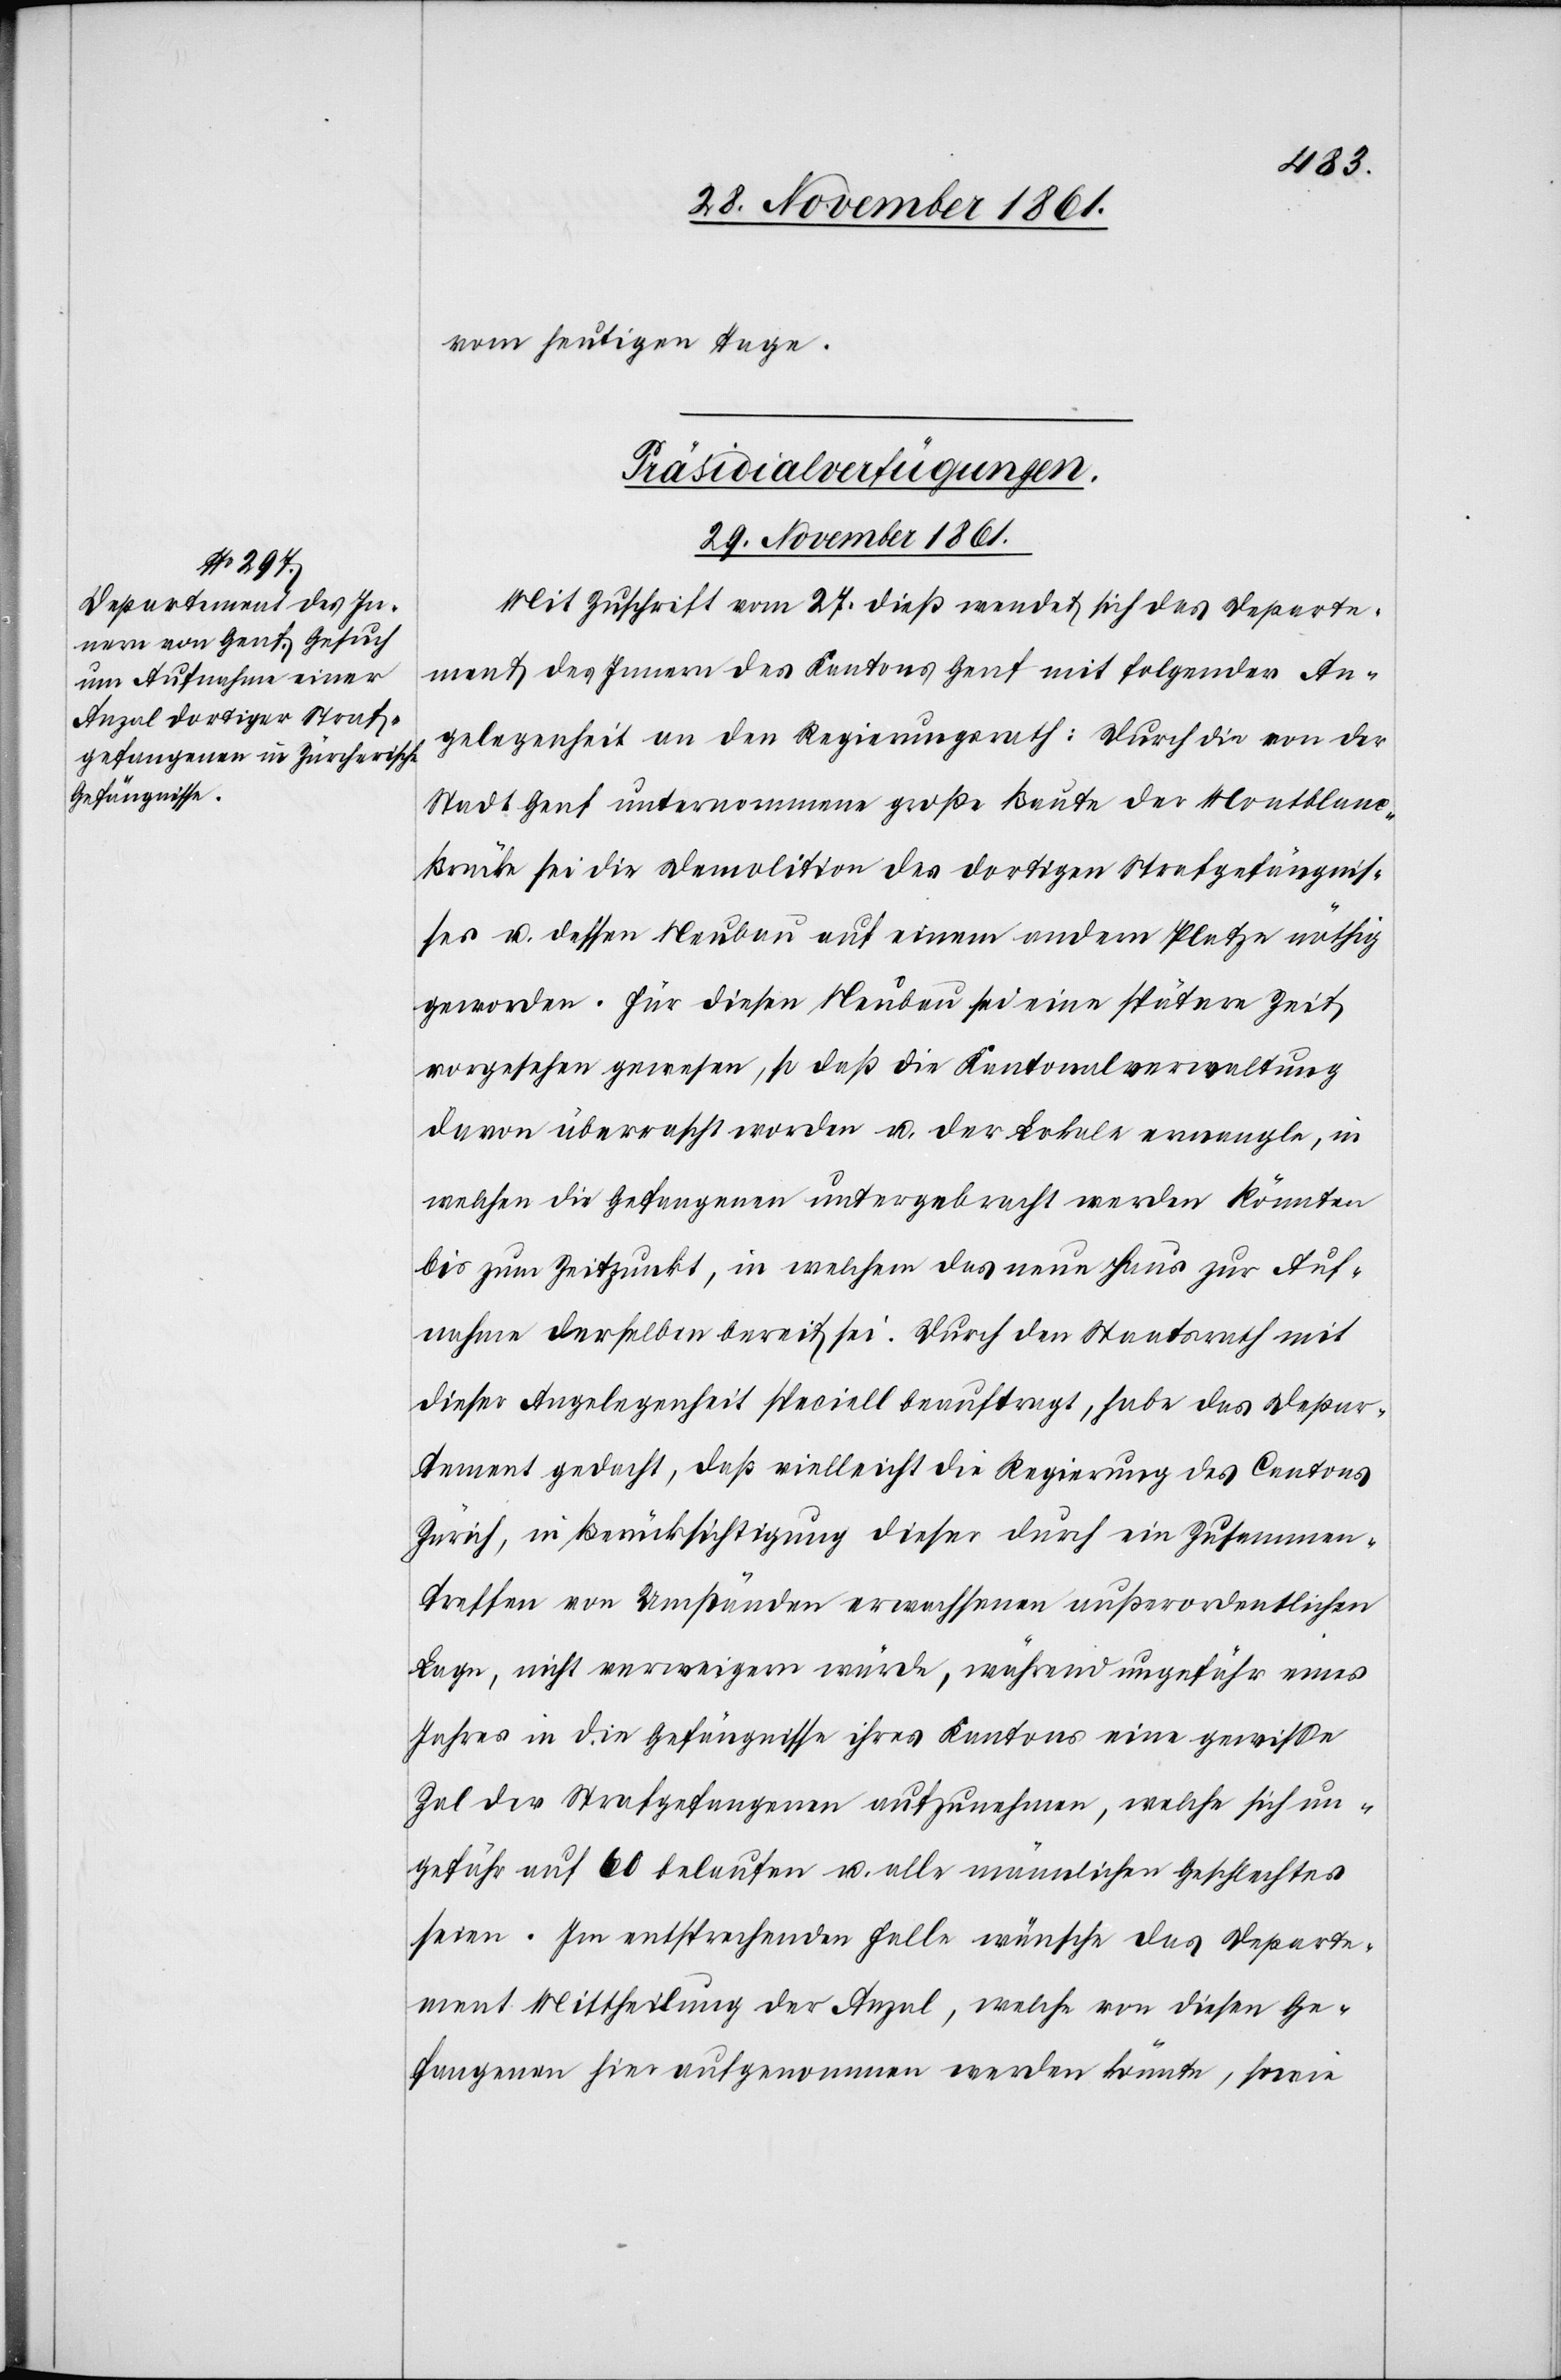
29 November 1861.
vom heutigen Tage.
Präsidialverfügungen.
Mit Zuschrift vom 27 dieß wendet sich das Departe¬
ment des Innern des Kantons Genf mit folgender An¬
gelegenheit an den Regierungsrath: durch die von der
Stadt Genf unternommene große Baute der Montblan¬
c-Brücke sei die Demolition des dortigen Strafgefängnis¬
ses u. dessen Neubau auf einem andern Platze nöthig
geworden. Für diesen Neubau sei eine spätere Zeit
vorgesehen gewesen, so daß die Kantonalverwaltung
davon überrascht worden u. der Lokale ermangle, in
welchen die Gefangenen untergebracht werden könnten
bis zum Zeitpunkte, in welchem das neue Haus zur Auf¬
nahme derselben bereit sei. Durch den Staatsrath mit
dieser Angelegenheit speziell beauftragt, habe das Depar¬
tement gedacht, daß vielleicht die Regierung des Cantons
Zürich, in Berücksichtigung dieser durch ein Zusammen¬
treffen von Umständen erwachsenen außerordentlichen
Lage, nicht verweigern würde, während ungefähr eines
Jahres in die Gefängnisse ihres Kantons eine gewiße
Zal der Strafgefangenen aufzunehmen, welche sich un¬
gefähr auf 60 belaufen u. alle männlichen Geschlechtes
seien. Im entsprechenden Falle wünsche das Departe¬
ment Mittheilung der Anzal, welche von diesen Ge¬
fangenen hier aufgenommen werden könnte, sowie